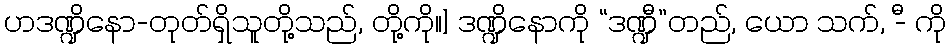
ဟဒဏ္ဍိနော-တုတ်ရှိသူတို့သည်, တို့ကို။] ဒဏ္ဍိနောကို “ဒဏ္ဍီ”တည်, ယော သက်, -ီ ကို